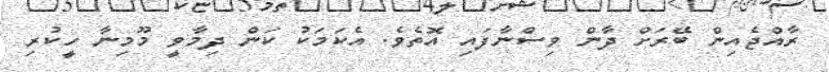
ރާއްޖެއިން ބޭރަށް ދާން ވިސްނާފައި އޮތެވެ. އެކަމަކު ކަން ދިމާވީ މޫމިނާ ހީކުރި